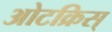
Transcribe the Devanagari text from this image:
ओटक्रिस्